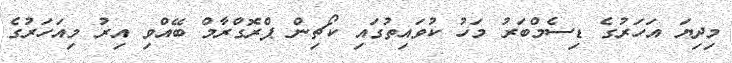
މިދިޔަ އަހަރުގެ ޑިސެމްބަރު މަހު ކުވައިތުގައި ކޯޗިން ޕްރޮގްރާމް ބޭއްވި އިރު މިއަހަރުގެ